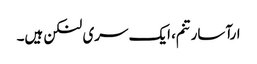
ارآسارتنم، ایک سری لنکن ہیں۔